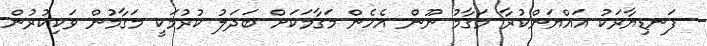
ފަނޑިޔާރަކު އައްޔަންކުރާ މަގާމު ނޫން އެހެން މަގާމަކަށް ބަދަލު ކުރުމަކީ މަގާމުން ވަކިކުރުން